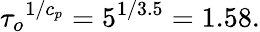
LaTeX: {\tau_{o}}^{1/c_{p}}=5^{1/3.5}=1.58.